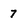
Character: 7